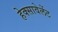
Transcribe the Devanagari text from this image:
हेक्सावेलेंट